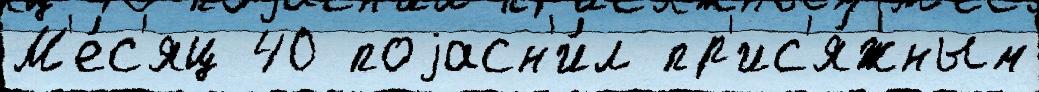
М'е́с'яц 40 поjасн'и́л пр'ис'я́жным